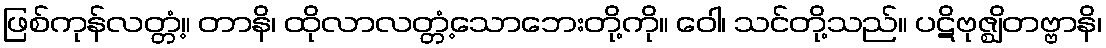
ဖြစ်ကုန်လတ္တံ့။ တာနိ၊ ထိုလာလတ္တံ့သောဘေးတို့ကို။ ဝေါ၊ သင်တို့သည်။ ပဋိဗုဇ္ဈိတဗ္ဗာနိ၊